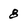
Character: 8